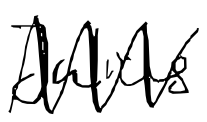
Text: Julius
Cross-out: zig-zag
Writing tool: digital_black